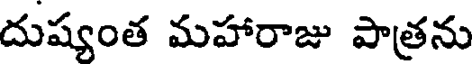
దుష్యంత మహారాజు పాత్రను